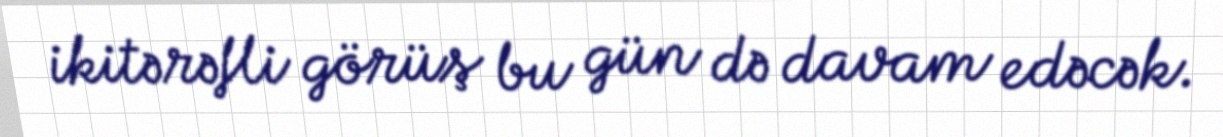
ikitərəfli görüş bu gün də davam edəcək.